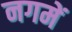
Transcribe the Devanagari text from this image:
नगमें